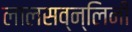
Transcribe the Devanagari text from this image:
लालसव्न्लिनी